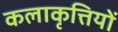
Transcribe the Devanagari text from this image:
कलाकृत्तियों